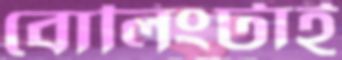
বোলিংটাই